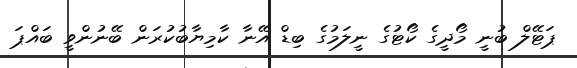
ޕަޓޭލް ބުނީ މޯދީގެ ކޯޓުގެ ނީލަމުގެ ބިޑް އޭނާ ކާމިޔާބުކުރަން ބޭނުންވީ ބައްޕަ